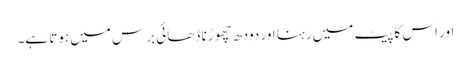
اور اس کا پیٹ میں رہنا اور دودھ چھوڑنا ڈھائی برس میں ہوتا ہے۔